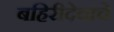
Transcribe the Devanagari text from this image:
बहिरीदेवाचे